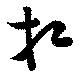
相